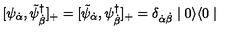
[ \psi _ { { \dot { \alpha } } } , \tilde { \psi } _ { { \dot { \beta } } } ^ { \dagger } ] _ { + } = [ \tilde { \psi } _ { { \dot { \alpha } } } , \psi _ { { \dot { \beta } } } ^ { \dagger } ] _ { + } = \delta _ { \dot { \alpha } \dot { \beta } } \mid 0 \rangle \langle 0 \mid